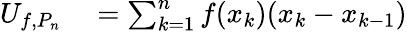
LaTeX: \begin{array}{rl}{U_{f,P_{n}}}&{{}=\sum_{k=1}^{n}f(x_{k})(x_{k}-x_{k-1})}\end{array}